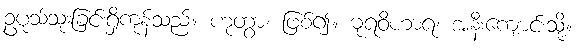
ဥပုသ်သုံးခြင်းရှိကုန်သည်။ ဟုတွာ၊ ဖြစ်၍။ ဓုရဝိဟာရံ၊ အနီးကျောင်းသို့။